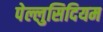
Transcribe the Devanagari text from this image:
पेल्लुसिदियम